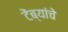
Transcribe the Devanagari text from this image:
टेंब्यांचे